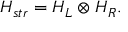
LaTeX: { \cal H } _ { s t r } = { \cal H } _ { L } \otimes { \cal H } _ { R } .